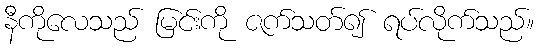
နီကိုလေသည် မြင်းကို ဇက်သတ်၍ ရပ်လိုက်သည်။